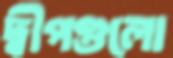
দ্বীপগুলো